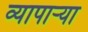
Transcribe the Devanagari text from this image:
व्यापाऱ्या